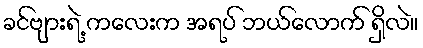
ခင်ဗျားရဲ့ ကလေးက အရပ် ဘယ်လောက် ရှိလဲ။